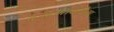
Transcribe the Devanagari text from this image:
प्रजातीसंबंधीच्या